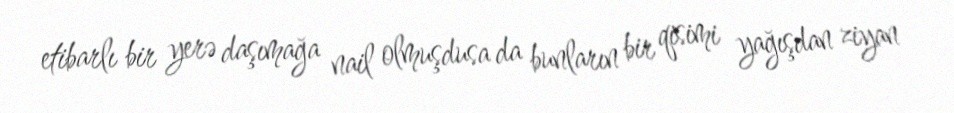
etibarlı bir yerə daşımağa nail olmuşdusa da bunların bir qisimi yağışdan ziyan